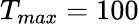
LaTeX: T_{max}=100